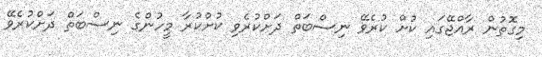
މިގޮތުން ރާއްޖޭގައި ކުށް ކުރެވޭ ނިސްބަތް ދަށްކުރެވި ކުށްކުރާ މީހުންގެ ނިސްބަތް ދަށްކުރެވޭ